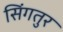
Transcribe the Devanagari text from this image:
सिंगतुर